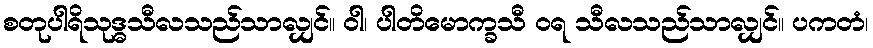
စတုပါရိသုဒ္ဓသီလသည်သာလျှင်။ ဝါ၊ ပါတိမောက္ခသီ ဝရ သီလသည်သာလျှင်။ ပကတံ၊